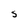
Character: S